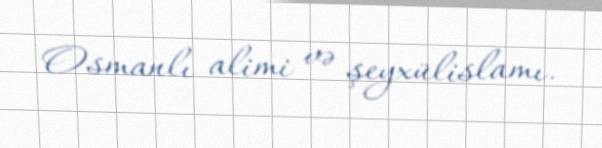
Osmanlı alimi və şeyxülislamı.